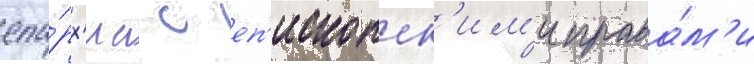
епа́рх'иа с еп'ископск'им'и права́м'и